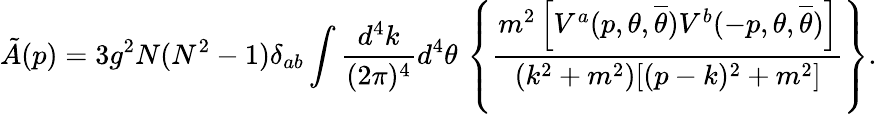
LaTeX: \tilde{A}(p)=3g^{2}N(N^{2}-1)\delta_{ab}\int\frac{d^{4}k}{(2\pi)^{4}}d^{4}\theta\, \left\{ \frac{m^{2}\left[V^{a}(p,\theta,{\overline{{\theta}}})V^{b}(-p,\theta,{\overline{{\theta}}})\right]}{(k^{2}+m^{2})[(p-k)^{2}+m^{2}]}\right\} .